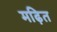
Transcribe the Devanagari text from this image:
मढ़ित